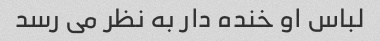
لباس او خنده دار به نظر می رسد